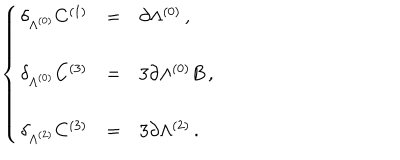
LaTeX: \left\{ \begin{array} { r c l } { { \delta _ { \Lambda ^ { ( 0 ) } } C ^ { ( 1 ) } } } & { { = } } & { { \partial \Lambda ^ { ( 0 ) } \, , } } \\ { { } } & { { } } & { { } } \\ { { \delta _ { \Lambda ^ { ( 0 ) } } C ^ { ( 3 ) } } } & { { = } } & { { 3 \partial \Lambda ^ { ( 0 ) } B \, , } } \\ { { } } & { { } } & { { } } \\ { { \delta _ { \Lambda ^ { ( 2 ) } } C ^ { ( 3 ) } } } & { { = } } & { { 3 \partial \Lambda ^ { ( 2 ) } \, . } } \\ \end{array} \right.